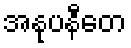
အနုပနီတေ